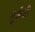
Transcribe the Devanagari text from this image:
तुर्कशी